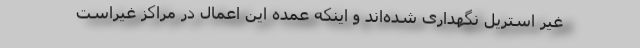
غیر استریل نگهداری شده‌اند و اینکه عمده این اعمال در مراکز غیراست